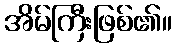
အိမ်ကြီးဖြစ်၏။